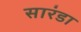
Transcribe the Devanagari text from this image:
सारंडा